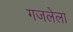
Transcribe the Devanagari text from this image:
गजलेला